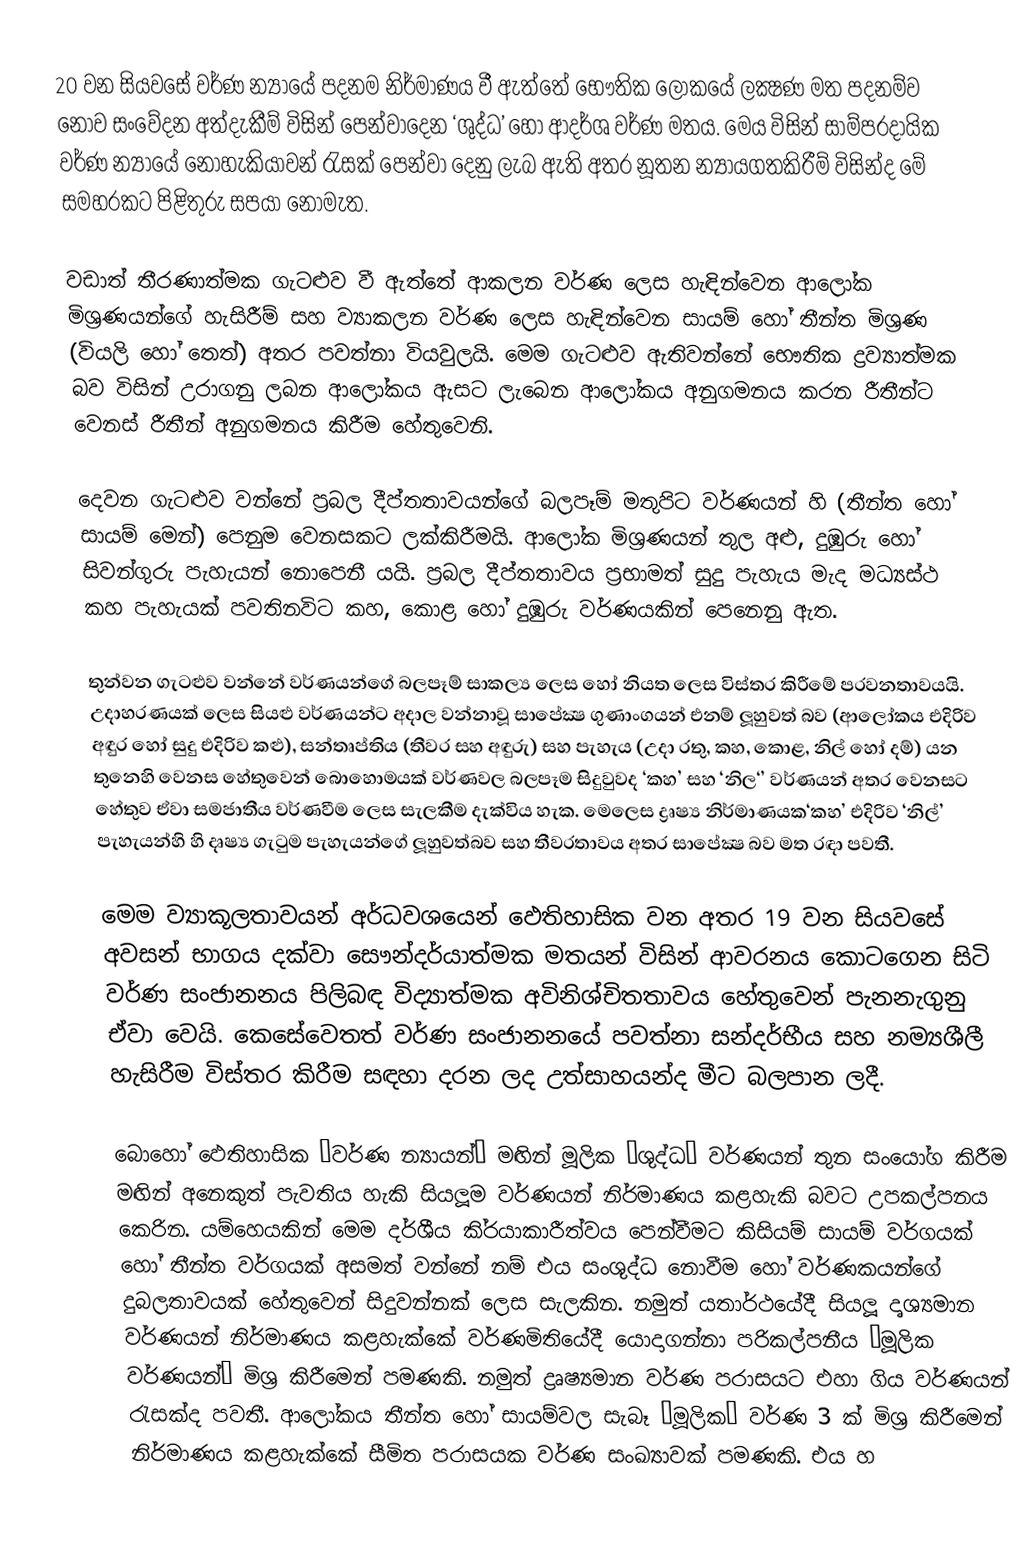
20 වන සියවසේ වර්ණ න්‍යායේ පදනම නිර්මාණය වී ඇත්තේ භෞතික ලෝකයේ ලක්‍ෂණ මත පදනම්ව නොව සංවේදන අත්දැකීම් විසින් පෙන්වාදෙන ‘ශුද්ධ’ හෝ ආදර්ශ වර්ණ මතය. මෙය විසින්  සාම්ප‍්‍රදායික වර්ණ න්‍යායේ නොහැකියාවන් රැසක් පෙන්වා දෙනු ලැබ ඇති අතර නූතන න්‍යායගතකිරීම් විසින්ද මේ සමහරකට පිළිතුරු සපයා නොමැත.

වඩාත් තීරණාත්මක ගැටළුව වී ඇත්තේ ආකලන වර්ණ ලෙස හැඳින්වෙන ආලෝක මිශ‍්‍රණයන්ගේ හැසිරීම් සහ ව්‍යාකලන වර්ණ ලෙස හැඳින්වෙන සායම් හෝ තීන්ත මිශ‍්‍රණ (වියලි හෝ තෙත්) අතර පවත්නා වියවුලයි. මෙම ගැටළුව ඇතිවන්නේ භෞතික ද්‍රව්‍යාත්මක බව විසින් උරාගනු ලබන ආලෝකය ඇසට ලැබෙන ආලෝකය අනුගමනය කරන රීතීන්ට වෙනස් රීතීන් අනුගමනය කිරීම හේතුවෙනි.

දෙවන ගැටළුව වන්නේ ප‍්‍රබල දීප්තතාවයන්ගේ බලපෑම් මතුපිට වර්ණයන් හි (තීන්ත හෝ සායම් මෙන්) පෙනුම වෙනසකට ලක්කිරීමයි. ආලෝක මිශ‍්‍රණයන් තුල අළු, දුඹුරු හෝ සිවන්ගුරු පැහැයන් නොපෙනී යයි. ප‍්‍රබල දීප්තතාවය ප‍්‍රභාමත් සුදු පැහැය මැද මධ්‍යස්ථ කහ පැහැයක් පවතිනවිට කහ, කොළ හෝ දුඹුරු වර්ණයකින් පෙනෙනු ඇත.

තුන්වන ගැටළුව වන්නේ වර්ණයන්ගේ බලපෑම් සාකල්‍ය ලෙස හෝ නියත ලෙස විස්තර කිරීමේ ප‍්‍රවනතාවයයි. උදාහරණයක් ලෙස සියළු වර්ණයන්ට අදාල වන්නාවූ සාපේක්‍ෂ ගුණාංගයන් එනම් ලූහුවත් බව (ආලෝකය එදිරිව අඳුර හෝ සුදු එදිරිව කළු), සන්තෘප්තිය (තීව‍්‍ර සහ අඳුරු) සහ පැහැය (උදා රතු, කහ, කොළ, නිල් හෝ දම්) යන තුනෙහි වෙනස හේතුවෙන් බොහොමයක් වර්ණවල බලපෑම සිදුවුවද ‘කහ’ සහ ‘නිල‘’ වර්ණයන් අතර වෙනසට හේතුව ඒවා සමජාතීය වර්ණවීම ලෙස සැලකීම දැක්විය හැක. මෙලෙස ද්‍රෘෂ්‍ය නිර්මාණයක‘කහ’ එදිරිව ‘නිල්’ පැහැයන්හි හි දෘෂ්‍ය ගැටුම පැහැයන්ගේ ලූහුවත්බව සහ තීව‍්‍රතාවය අතර සාපේක්‍ෂ බව මත රඳා පවතී.

මෙම ව්‍යාකූලතාවයන් අර්ධවශයෙන් ඵෙතිහාසික වන අතර 19 වන සියවසේ අවසන් භාගය දක්වා සෞන්දර්යාත්මක මතයන් විසින් ආවරනය කොටගෙන සිටි වර්ණ සංජානනය පිලිබඳ විද්‍යාත්මක අවිනිශ්චිතතාවය හේතුවෙන් පැනනැගුනු ඒවා වෙයි. කෙසේවෙතත් වර්ණ සංජානනයේ පවත්නා සන්දර්භීය සහ නම්‍යශීලී හැසිරීම විස්තර කිරීම සඳහා දරන ලද උත්සාහයන්ද මීට බලපාන ලදී.

බොහෝ ඵෙතිහාසික ‘වර්ණ න්‍යායන්’ මඟින් මූලික ‘ශුද්ධ’ වර්ණයන් තුන සංයෝග කිරීම මඟින් අනෙකුත් පැවතිය හැකි සියලූම වර්ණයන් නිර්මාණය කළහැකි බවට උපකල්පනය කෙරින. යම්හෙයකින් මෙම දර්ශීය කි‍්‍රයාකාරීත්වය පෙන්වීමට කිසියම් සායම් වර්ගයක් හෝ තීන්ත වර්ගයක් අසමත් වන්නේ නම් එය සංශුද්ධ නොවීම හෝ වර්ණකයන්ගේ දුබලතාවයක් හේතුවෙන් සිදුවන්නක් ලෙස සැලකින. නමුත් යතාර්ථයේදී සියලූ දෘශ්‍යමාන වර්ණයන් නිර්මාණය කළහැක්කේ වර්ණමිතියේදී යොදාගන්නා පරිකල්පනීය ‘මූලික වර්ණයන්’ මිශ‍්‍ර කිරීමෙන් පමණකි. නමුත් ද්‍රෘෂ්‍යමාන වර්ණ පරාසයට එහා ගිය වර්ණයන් රැසක්ද පවතී. ආලෝකය තීන්ත හෝ සායම්වල සැබෑ ‘මූලික’ වර්ණ 3 ක් මිශ‍්‍ර කිරීමෙන් නිර්මාණය කළහැක්කේ සීමිත පරාසයක වර්ණ සංඛ්‍යාවක් පමණකි. එය හ